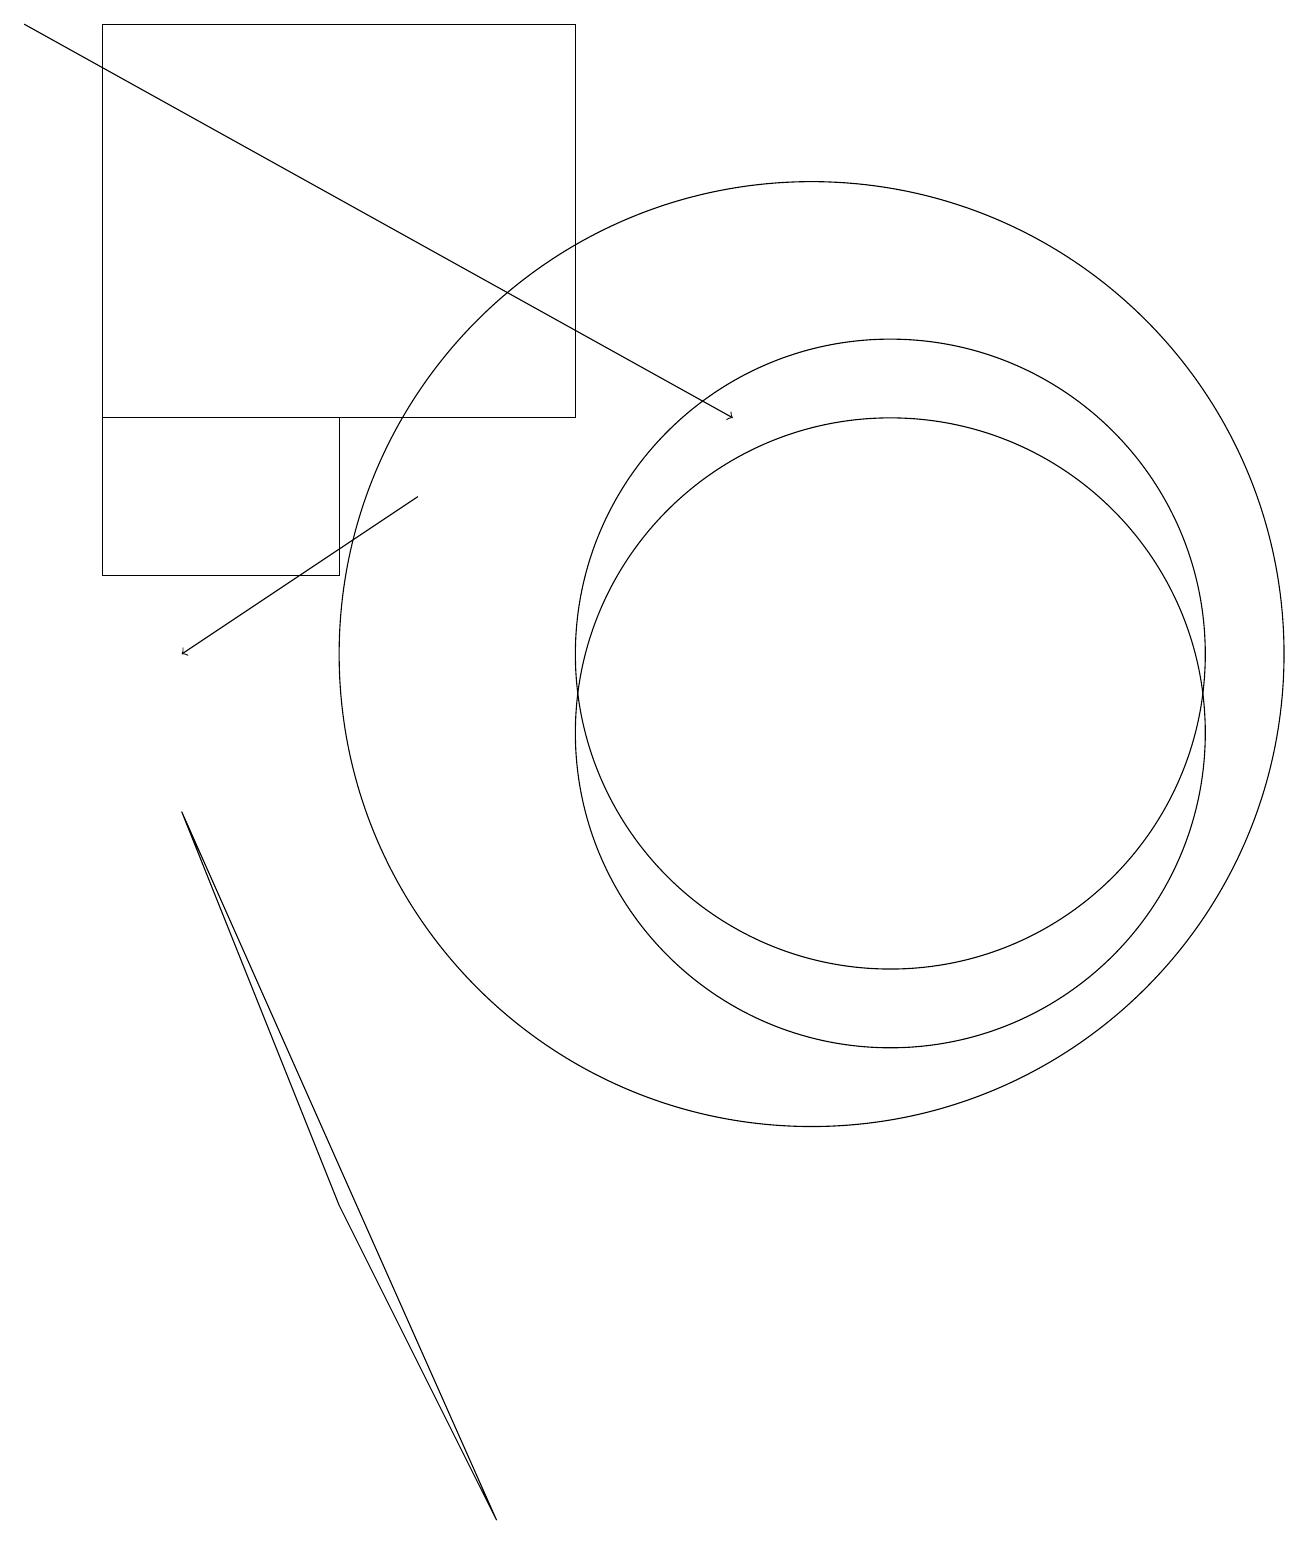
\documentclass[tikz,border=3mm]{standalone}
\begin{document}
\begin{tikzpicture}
\draw[->] (5,13) -- (2,11);
\draw[->] (0,19) -- (9,14);
\draw (7,19) rectangle (1,14);
\draw (11,10) circle (4);
\draw (4,4) -- (2,9) -- (6,0) -- cycle;
\draw (10,11) circle (6);
\draw (1,14) rectangle (4,12);
\draw (11,11) circle (4);
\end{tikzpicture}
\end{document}